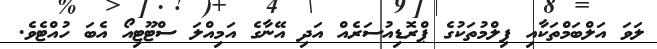
ލަވަ އަލްބަމްތަކާއި ފިލްމުތަކުގެ ޕްރޮޑިއުސަރެއް އަދި އޭނާގެ އަމިއްލަ ސްޓޫޓިއޯ އެބަ ހުއްޓެވެ.